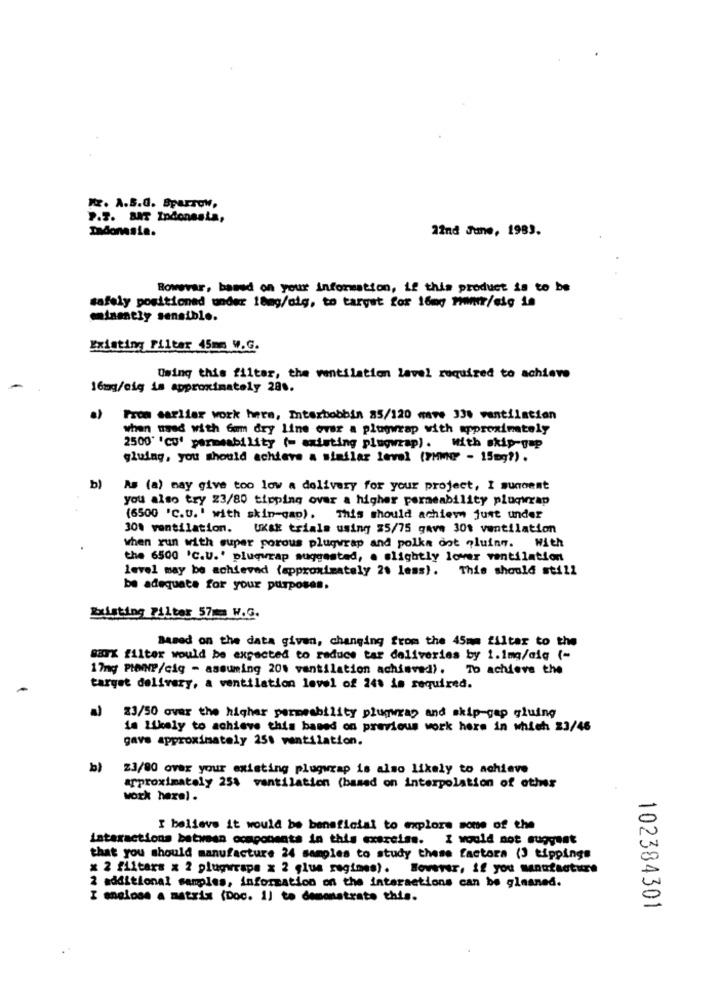
K. A.S.d. Sparrow,
P.7. BAT Indonesia,
Indonesia.
A2nd June, 1983.
Rowwvar, based on your information, if this product is to be
safely positioned under 18mg/sig, to target for 16mg mwr/sig in
minently sensible.
Existing Filter 45mm W.G.
Using this filter, the ventilation lavel required to achieve
16mg/eig is approximately 28 ..
a)
From earlier work here, Interbobbin 85/120 mave 33% ventilation
when used with Gum dry line ever a plugwrap with approximately
2500' 'cu' permeability (= existing plugwrap). With skip-gap
gluing, you should achieve a similar level (7MMNP - 15mg?) .
b)
As (a) may give too low a delivery for your project, I sunoent
you also try 23/80 tipping over a higher permeability pluqwrap
(6500 'C.U.' with skin-qap). This should achiev just under
30% ventilation. Uxak trials using 25/75 gave 30t ventilation
when run with super porous plugwrap and polka dot gluing. With
the 6500 'C.U.' plugwrap suggested, o slightly lover ventilation
level may be achieved (approximately 20 less). This should still
be adequate for your purposes.
Existing Filter 57ma W.G.
Based on the data given, changing from the 45mm filtar to the
SEX filter would be expected to reduce tar deliveries by 1.1mg/aiq (-
17my PIONP/cig - assuming 20% ventilation achieved).
To achieve the
target delivery, a ventilation level of 248 is required.
23/50 over the higher permeability plugwray and skip gap gluing
is Likely to achieve this based on previous work here in which 23/46
gave approximately 25% ventilation.
b)
23/00 over your existing plugwrap is also likely to achieve
approximately 254 vantilation (based on interpolation of other
work here) .
I believe it would be beneficial to explore some of the
interactions between ocaponents in this exercise. I would not suggest
that you should manufacture 24 samples to study these factors (J tippings
× 2 filters x 2 plugwraps x 2 glua regimes). However, if you manufacture
2 additional samples, information on the interactions can be glesned.
I enclose a matrix (Doc. 1) to demonstrate this.
102384301